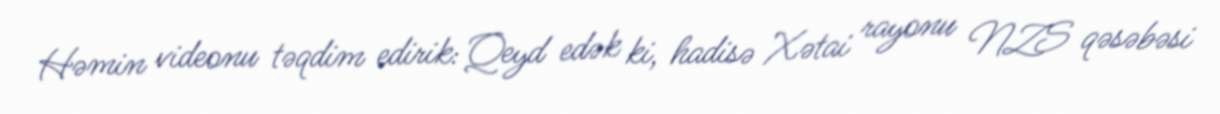
Həmin videonu təqdim edirik: Qeyd edək ki, hadisə Xətai rayonu NZS qəsəbəsi